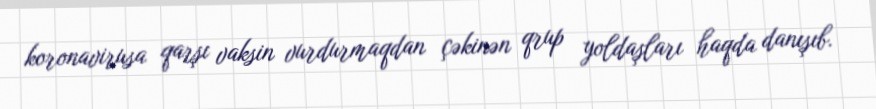
koronavirusa qarşı vaksin vurdurmaqdan çəkinən qrup yoldaşları haqda danışıb.